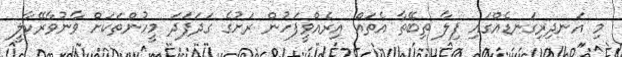
މި އަނދިރިގަނޑެއްގައި ފިލާ ތިބޭތާ އެތައް އިރެއްވީފަހުން ރަށުގެ ގަދަފަދަ މީހުންތަކަށް ވާނުވާރޭކާލީ